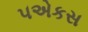
૫એકસ